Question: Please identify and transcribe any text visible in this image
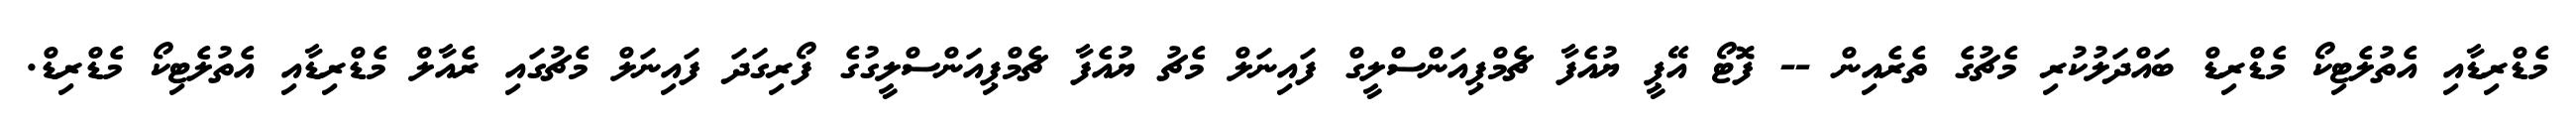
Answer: މެޑްރިޑާއި އެތުލެޓިކޯ މެޑްރިޑް ބައްދަލުކުރި މެޗުގެ ތެރެއިން -- ފޮޓޯ އޭޕީ ޔުއެފާ ޗެމްޕިއަންސްލީގް ފައިނަލް މެޗު ޔުއެފާ ޗެމްޕިއަންސްލީގުގެ ފޯރިގަދަ ފައިނަލް މެޗުގައި ރެއާލް މެޑްރިޑާއި އެތުލެޓިކޯ މެޑްރިޑް.